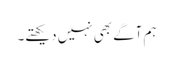
ہم آگے بھی نہیں دیکھتے۔